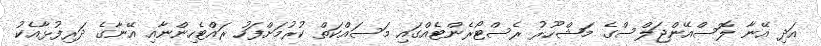
އަދި އޭނާ ލޮސްއޭންޖަލްސްގެ މަޝްހޫރު ރެސްޓޯރެންޓެއްގައި މަސައްކަތް ކުރުމަށްފަހު ރައްޓެހިންނާއި އޭނާގެ ދަރިފުޅާއެކު